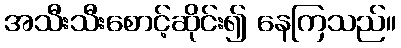
အသီးသီးစောင့်ဆိုင်း၍ နေကြသည်။